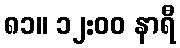
၈၁။ ၁၂:၀၀ နာရီ